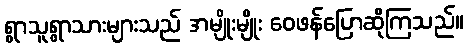
ရွာသူရွာသားများသည် အမျိုးမျိုး ဝေဖန်ပြောဆိုကြသည်။